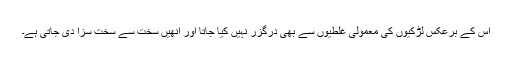
اس کے برعکس لڑکیوں کی معمولی غلطیوں سے بھی درگزر نہیں کیا جاتا اور انھیں سخت سے سخت سزا دی جاتی ہے۔